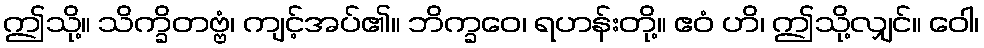
ဤသို့။ သိက္ခိတဗ္ဗံ၊ ကျင့်အပ်၏။ ဘိက္ခဝေ၊ ရဟန်းတို့။ ဧဝံ ဟိ၊ ဤသို့လျှင်။ ဝေါ၊